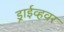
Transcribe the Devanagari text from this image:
ड्राईव्हवर